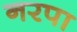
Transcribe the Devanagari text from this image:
नरपा